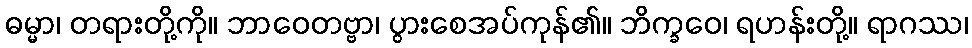
ဓမ္မာ၊ တရားတို့ကို။ ဘာဝေတဗ္ဗာ၊ ပွားစေအပ်ကုန်၏။ ဘိက္ခဝေ၊ ရဟန်းတို့။ ရာဂဿ၊